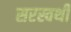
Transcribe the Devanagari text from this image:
सरस्वथी